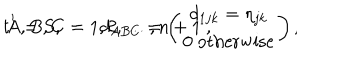
t ^ { 1 } = S , \qquad d _ { A B C } = \left( \begin{matrix} { { d _ { 1 j k } = \eta _ { j k } } } \\ { { 0 \; \mathrm { o t h e r w i s e } } } \\ \end{matrix} \right) , \hspace { 2 c m } A , B , C = 1 , 2 , \dots , n + 1 \ ,